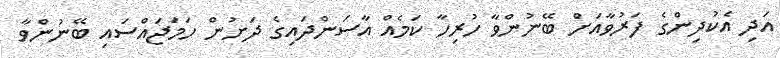
އަދި އެކުދިންގެ ފަރުވާއަށް ބޭނުންވާ ހުރިހާ ކަމެއް އާސަންދައިގެ ދަށުން ހަމަޖައްސައި ބޭނުންވާ